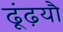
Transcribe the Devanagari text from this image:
ढूंढ़यौ